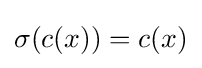
\sigma (c(x))=c(x)